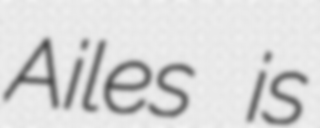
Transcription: Ailes is